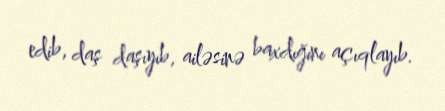
edib, daş daşıyıb, ailəsinə baxdığını açıqlayıb.